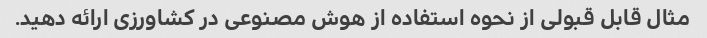
مثال قابل قبولی از نحوه استفاده از هوش مصنوعی در کشاورزی ارائه دهید.